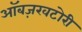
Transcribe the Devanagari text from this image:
ऑबज़रवटोरी